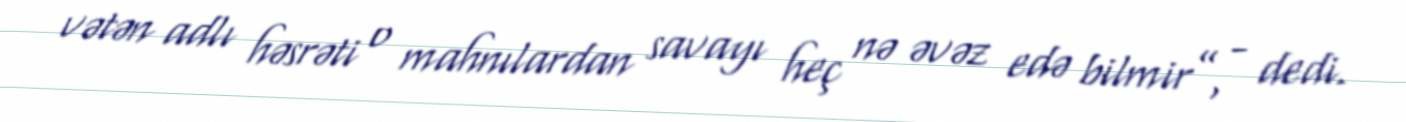
vətən adlı həsrəti o mahnılardan savayı heç nə əvəz edə bilmir”, - dedi.